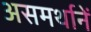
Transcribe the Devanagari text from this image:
असमर्थानें